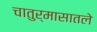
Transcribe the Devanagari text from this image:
चातुर्मासातले